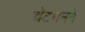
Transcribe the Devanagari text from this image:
बॅटमनने